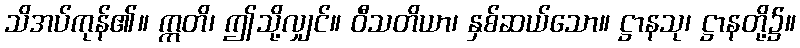
သိအပ်ကုန်၏။ ဣတိ၊ ဤသို့လျှင်။ ဝီသတိယာ၊ နှစ်ဆယ်သော။ ဋ္ဌာနသု၊ ဋ္ဌာနတို့၌။